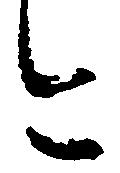
今